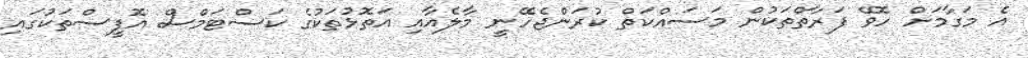
އެ މަގާމަށް ހޮވޭ ފަރާތްތަކުން މަސައްކަތް ކުރަންޖެހޭނީ މާލެއާއި އަތޮޅުތަކުގެ ކަސްޓަމްސް އޮފީސްތަކުގައި